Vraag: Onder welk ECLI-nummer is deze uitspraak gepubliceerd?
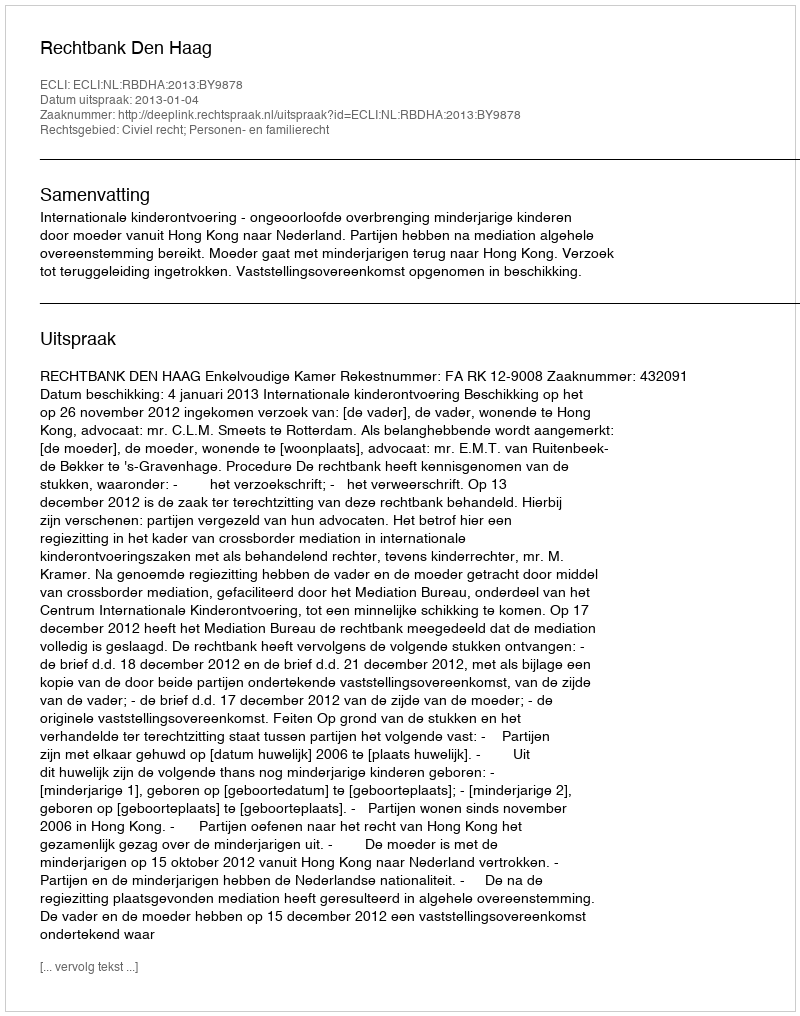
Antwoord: ECLI:NL:RBDHA:2013:BY9878